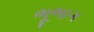
ભૂભાગ